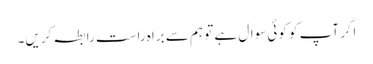
اگر آپ کو کوئی سوال ہے تو ہم سے براہ راست رابطہ کریں۔